Plague in India, 1896, 1897 - Volume 1
Year: 1896
Disease focus: Plague
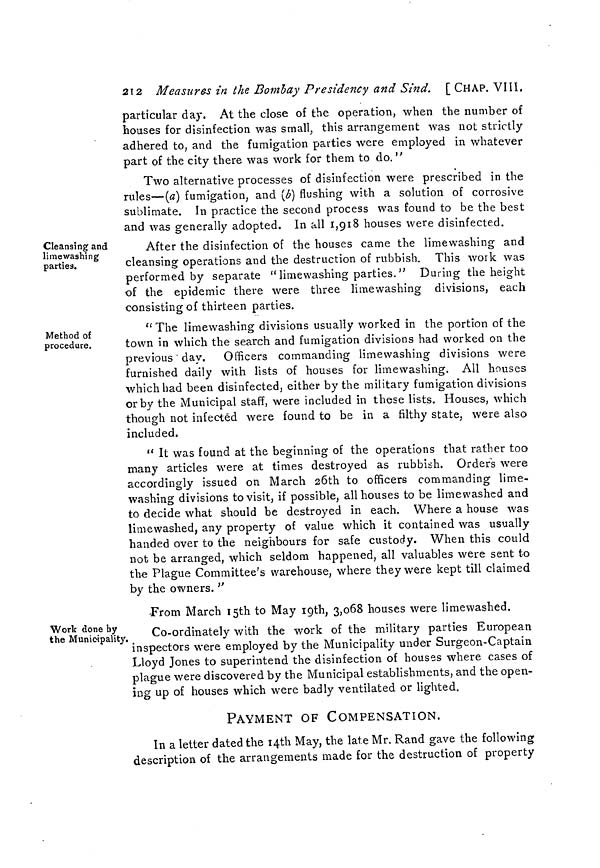
212 Measures in the Bombay Presidency and Sind. [CHAP. VIII.
particular day. At the close of the operation, when the number of
houses for disinfection was small, this arrangement was not strictly
adhered to, and the fumigation parties were employed in whatever
part of the city there was work for them to do."
Two alternative processes of disinfection were prescribed in the
rules—(a) fumigation, and (b) flushing with a solution of corrosive
sublimate. In practice the second process was found to be the best
and was generally adopted. In all 1,018 houses were disinfected.
Cleansing and
limewashing
parties.
After the disinfection of the houses came the limewashinor and
cleansing operations and the destruction of rubbish. This work was
performed by separate "limewashing parties." During the height
of the epidemic there were three limewashing divisions, each
consisting of thirteen parties.
Method of
procedure.
" The limewashing divisions usually worked in the portion of the
town in which the search and fumigation divisions had worked on the
previous' day. Officers commanding limewashing divisions were
furnished daily with lists of houses for limewashing. All houses
which had been disinfected, either by the military fumigation divisions
or by the Municipal staff, were included in these lists. Houses, which
though not infected were found to be in a filthy state, were also
included.
" It was found at the beginning of the operations that rather too
many articles were at times destroyed as rubbish. Orders were
accordingly issued on March 26th to officers commanding lime-
washing divisions to visit, if possible, all houses to be lime washed and
to decide what should be destroyed in each. Where a house was
limewashed, any property of value which it contained was usually
handed over to the neighbours for safe custody. When this could
nob be arranged, which seldom happened, all valuables were sent to
the Plague Committee's warehouse, where they were kept till claimed
by the owners. "
Work done by
the Municipality.
From March 15th to May 19th, 3,068 houses were limewashed.
Co-ordinately with the work of the military parties European
inspectors were employed by the Municipality under Surgeon-Captain
Lloyd Jones to superintend the disinfection of houses where cases of
plague were discovered by the Municipal establishments, and the open-
ing up of houses which were badly ventilated or lighted.
PAYMENT OF COMPENSATION.
In a letter dated the 14th May, the late Mr. Rand gave the following
description of the arrangements made for the destruction of property